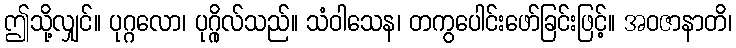
ဤသို့လျှင်။ ပုဂ္ဂလော၊ ပုဂ္ဂိုလ်သည်။ သံဝါသေန၊ တကွပေါင်းဖော်ခြင်းဖြင့်။ အဝဇာနာတိ၊